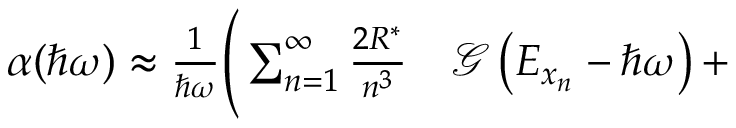
\begin{array} { r l } { \alpha ( \hbar \omega ) \approx \frac { 1 } { \hbar \omega } \Bigg ( \sum _ { n = 1 } ^ { \infty } \frac { 2 R ^ { * } } { n ^ { 3 } } } & { { } \mathcal { G } \left( E _ { x _ { n } } - \hbar \omega \right) + } \end{array}